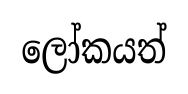
ලෝකයත්